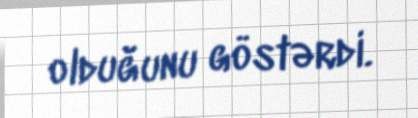
olduğunu göstərdi.